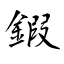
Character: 鍜